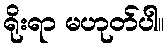
ရိုးရာ မဟုတ်ပါ။